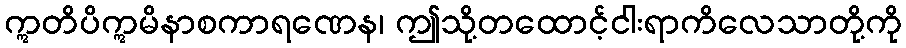
ဣတိပိဣမိနာစကာရဏေန၊ ဤသို့တထောင့်ငါးရာကိလေသာတို့ကို